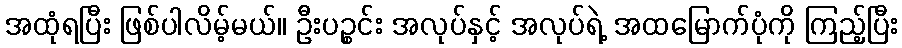
အထုံရပြီး ဖြစ်ပါလိမ့်မယ်။ ဦးပဉ္စင်း အလုပ်နှင့် အလုပ်ရဲ့ အထမြောက်ပုံကို ကြည့်ပြီး